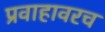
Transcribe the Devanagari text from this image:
प्रवाहावरच